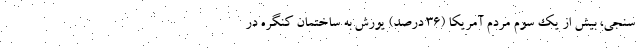
سنجی، بیش از یک سوم مردم آمریکا (۳۶ درصد) یورش به ساختمان کنگره در